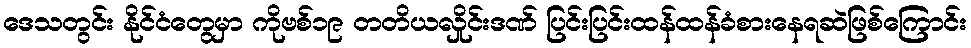
ဒေသတွင်း နိုင်ငံတွေမှာ ကိုဗစ်၁၉ တတိယလှိုင်းဒဏ် ပြင်းပြင်းထန်ထန်ခံစားနေရဆဲဖြစ်ကြောင်း